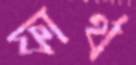
ফার্থ